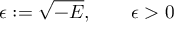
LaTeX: \epsilon : = \sqrt { - E } , \qquad \epsilon > 0